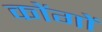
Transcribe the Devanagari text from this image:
कोंगों